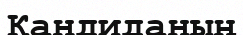
Кандиданың